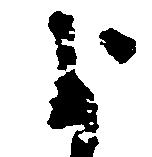
よ